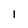
Character: I